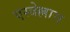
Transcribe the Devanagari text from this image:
एस्त्रेल्लास